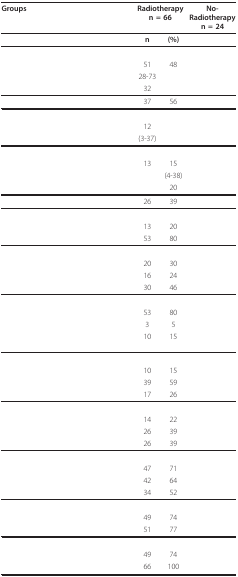
<table><thead><tr><td><b>Groups</b></td><td colspan="2"><b>Radiotherapyn = 66</b></td><td colspan="2"><b>No-Radiotherapyn = 24</b></td></tr></thead><tbody><tr><td>[EMPTY_CELL]</td><td><b>n</b></td><td><b>(%)</b></td><td>[EMPTY_CELL]</td><td>[EMPTY_CELL]</td></tr><tr><td>[EMPTY_CELL]</td><td>[EMPTY_CELL]</td><td>[EMPTY_CELL]</td><td>[EMPTY_CELL]</td><td>[EMPTY_CELL]</td></tr><tr><td>[EMPTY_CELL]</td><td>51</td><td>48</td><td>[EMPTY_CELL]</td><td>[EMPTY_CELL]</td></tr><tr><td>[EMPTY_CELL]</td><td>28-73</td><td>[EMPTY_CELL]</td><td>[EMPTY_CELL]</td><td>[EMPTY_CELL]</td></tr><tr><td>[EMPTY_CELL]</td><td>32</td><td>[EMPTY_CELL]</td><td>[EMPTY_CELL]</td><td>[EMPTY_CELL]</td></tr><tr><td>[EMPTY_CELL]</td><td>37</td><td>56</td><td>[EMPTY_CELL]</td><td>[EMPTY_CELL]</td></tr><tr><td>[EMPTY_CELL]</td><td>[EMPTY_CELL]</td><td>[EMPTY_CELL]</td><td>[EMPTY_CELL]</td><td>[EMPTY_CELL]</td></tr><tr><td>[EMPTY_CELL]</td><td>12</td><td>[EMPTY_CELL]</td><td>[EMPTY_CELL]</td><td>[EMPTY_CELL]</td></tr><tr><td>[EMPTY_CELL]</td><td>(3-37)</td><td>[EMPTY_CELL]</td><td>[EMPTY_CELL]</td><td>[EMPTY_CELL]</td></tr><tr><td>[EMPTY_CELL]</td><td>[EMPTY_CELL]</td><td>[EMPTY_CELL]</td><td>[EMPTY_CELL]</td><td>[EMPTY_CELL]</td></tr><tr><td>[EMPTY_CELL]</td><td>13</td><td>15</td><td>[EMPTY_CELL]</td><td>[EMPTY_CELL]</td></tr><tr><td>[EMPTY_CELL]</td><td>[EMPTY_CELL]</td><td>(4-38)</td><td>[EMPTY_CELL]</td><td>[EMPTY_CELL]</td></tr><tr><td>[EMPTY_CELL]</td><td>[EMPTY_CELL]</td><td>20</td><td>[EMPTY_CELL]</td><td>[EMPTY_CELL]</td></tr><tr><td>[EMPTY_CELL]</td><td>26</td><td>39</td><td>[EMPTY_CELL]</td><td>[EMPTY_CELL]</td></tr><tr><td>[EMPTY_CELL]</td><td>[EMPTY_CELL]</td><td>[EMPTY_CELL]</td><td>[EMPTY_CELL]</td><td>[EMPTY_CELL]</td></tr><tr><td>[EMPTY_CELL]</td><td>13</td><td>20</td><td>[EMPTY_CELL]</td><td>[EMPTY_CELL]</td></tr><tr><td>[EMPTY_CELL]</td><td>53</td><td>80</td><td>[EMPTY_CELL]</td><td>[EMPTY_CELL]</td></tr><tr><td>[EMPTY_CELL]</td><td>[EMPTY_CELL]</td><td>[EMPTY_CELL]</td><td>[EMPTY_CELL]</td><td>[EMPTY_CELL]</td></tr><tr><td>[EMPTY_CELL]</td><td>20</td><td>30</td><td>[EMPTY_CELL]</td><td>[EMPTY_CELL]</td></tr><tr><td>[EMPTY_CELL]</td><td>16</td><td>24</td><td>[EMPTY_CELL]</td><td>[EMPTY_CELL]</td></tr><tr><td>[EMPTY_CELL]</td><td>30</td><td>46</td><td>[EMPTY_CELL]</td><td>[EMPTY_CELL]</td></tr><tr><td>[EMPTY_CELL]</td><td>[EMPTY_CELL]</td><td>[EMPTY_CELL]</td><td>[EMPTY_CELL]</td><td>[EMPTY_CELL]</td></tr><tr><td>[EMPTY_CELL]</td><td>53</td><td>80</td><td>[EMPTY_CELL]</td><td>[EMPTY_CELL]</td></tr><tr><td>[EMPTY_CELL]</td><td>3</td><td>5</td><td>[EMPTY_CELL]</td><td>[EMPTY_CELL]</td></tr><tr><td>[EMPTY_CELL]</td><td>10</td><td>15</td><td>[EMPTY_CELL]</td><td>[EMPTY_CELL]</td></tr><tr><td>[EMPTY_CELL]</td><td>[EMPTY_CELL]</td><td>[EMPTY_CELL]</td><td>[EMPTY_CELL]</td><td>[EMPTY_CELL]</td></tr><tr><td>[EMPTY_CELL]</td><td>10</td><td>15</td><td>[EMPTY_CELL]</td><td>[EMPTY_CELL]</td></tr><tr><td>[EMPTY_CELL]</td><td>39</td><td>59</td><td>[EMPTY_CELL]</td><td>[EMPTY_CELL]</td></tr><tr><td>[EMPTY_CELL]</td><td>17</td><td>26</td><td>[EMPTY_CELL]</td><td>[EMPTY_CELL]</td></tr><tr><td>[EMPTY_CELL]</td><td>[EMPTY_CELL]</td><td>[EMPTY_CELL]</td><td>[EMPTY_CELL]</td><td>[EMPTY_CELL]</td></tr><tr><td>[EMPTY_CELL]</td><td>14</td><td>22</td><td>[EMPTY_CELL]</td><td>[EMPTY_CELL]</td></tr><tr><td>[EMPTY_CELL]</td><td>26</td><td>39</td><td>[EMPTY_CELL]</td><td>[EMPTY_CELL]</td></tr><tr><td>[EMPTY_CELL]</td><td>26</td><td>39</td><td>[EMPTY_CELL]</td><td>[EMPTY_CELL]</td></tr><tr><td>[EMPTY_CELL]</td><td>[EMPTY_CELL]</td><td>[EMPTY_CELL]</td><td>[EMPTY_CELL]</td><td>[EMPTY_CELL]</td></tr><tr><td>[EMPTY_CELL]</td><td>47</td><td>71</td><td>[EMPTY_CELL]</td><td>[EMPTY_CELL]</td></tr><tr><td>[EMPTY_CELL]</td><td>42</td><td>64</td><td>[EMPTY_CELL]</td><td>[EMPTY_CELL]</td></tr><tr><td>[EMPTY_CELL]</td><td>34</td><td>52</td><td>[EMPTY_CELL]</td><td>[EMPTY_CELL]</td></tr><tr><td>[EMPTY_CELL]</td><td>[EMPTY_CELL]</td><td>[EMPTY_CELL]</td><td>[EMPTY_CELL]</td><td>[EMPTY_CELL]</td></tr><tr><td>[EMPTY_CELL]</td><td>49</td><td>74</td><td>[EMPTY_CELL]</td><td>[EMPTY_CELL]</td></tr><tr><td>[EMPTY_CELL]</td><td>51</td><td>77</td><td>[EMPTY_CELL]</td><td>[EMPTY_CELL]</td></tr><tr><td>[EMPTY_CELL]</td><td>[EMPTY_CELL]</td><td>[EMPTY_CELL]</td><td>[EMPTY_CELL]</td><td>[EMPTY_CELL]</td></tr><tr><td>[EMPTY_CELL]</td><td>49</td><td>74</td><td>[EMPTY_CELL]</td><td>[EMPTY_CELL]</td></tr><tr><td>[EMPTY_CELL]</td><td>66</td><td>100</td><td>[EMPTY_CELL]</td><td>[EMPTY_CELL]</td></tr></tbody></table>